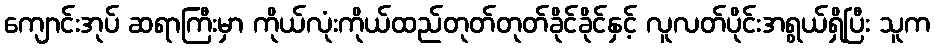
ကျောင်းအုပ် ဆရာကြီးမှာ ကိုယ်လုံးကိုယ်ထည်တုတ်တုတ်ခိုင်ခိုင်နှင့် လူလတ်ပိုင်းအရွယ်ရှိပြီး သူက